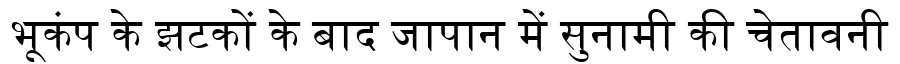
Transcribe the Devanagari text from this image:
भूकंप के झटकों के बाद जापान में सुनामी की चेतावनी